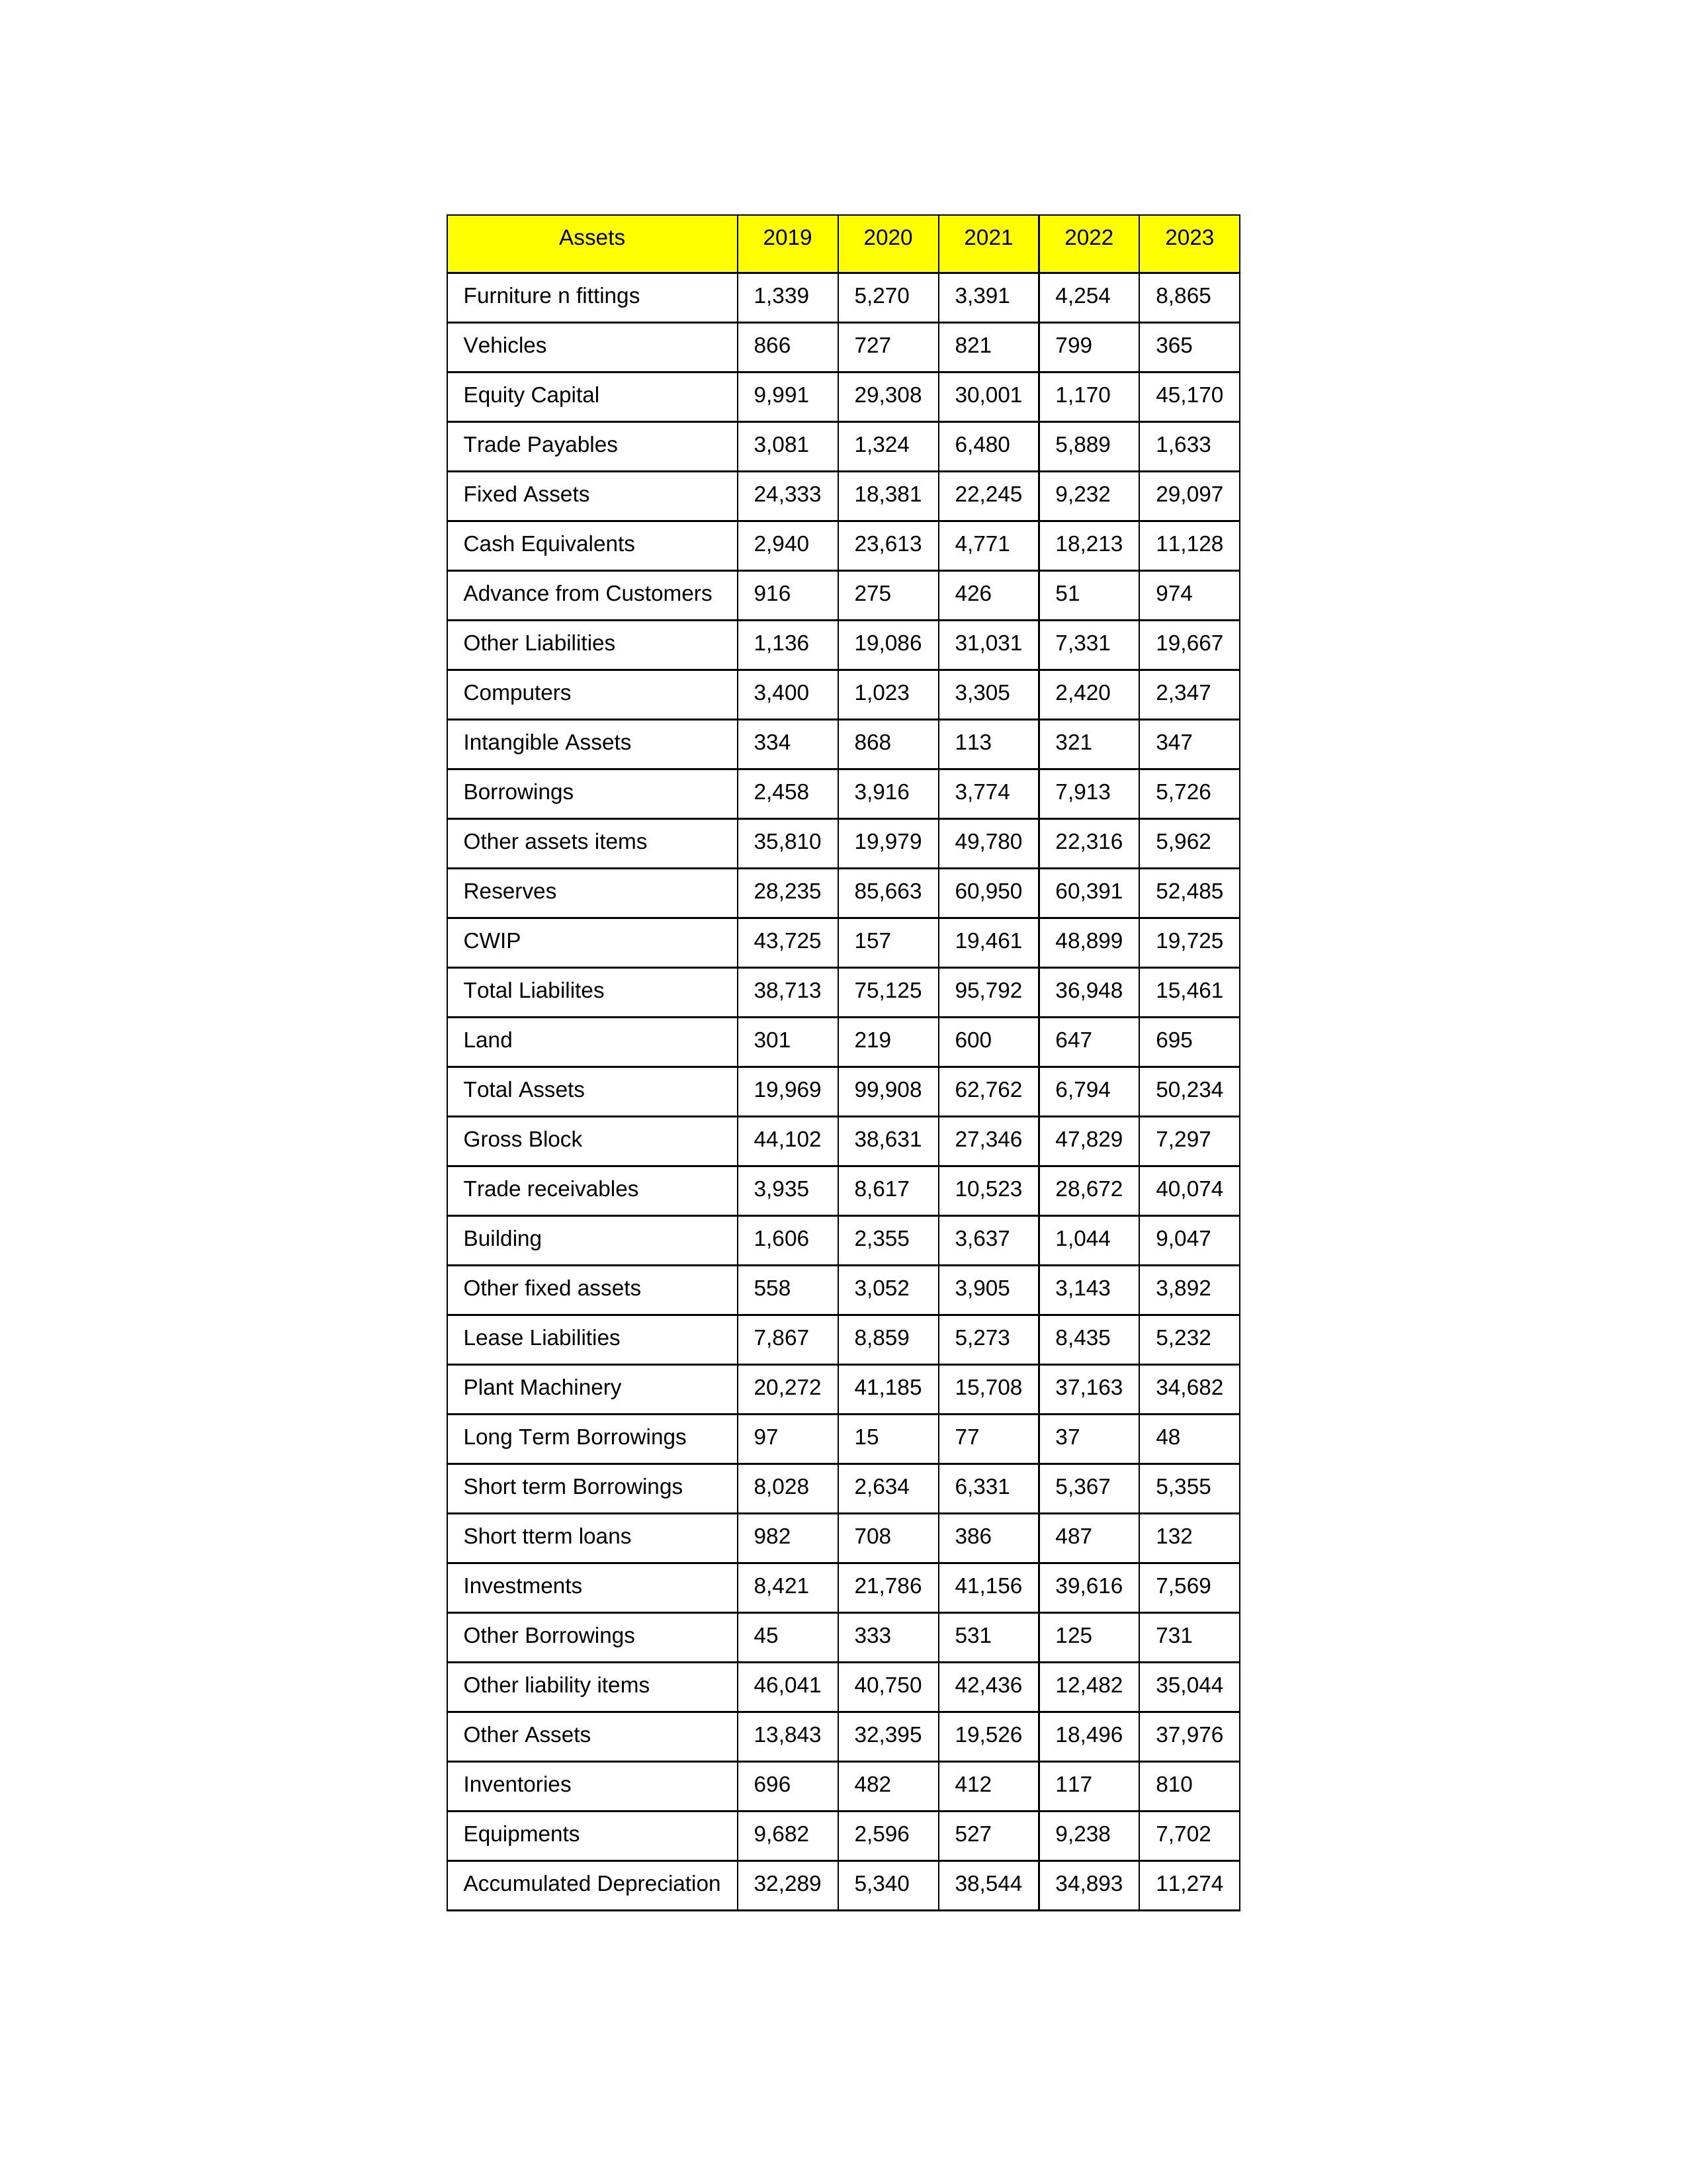
gt_parse: 2019: Equity Capital: 9,991
Reserves: 28,235
Borrowings: 2,458
Long Term Borrowings: 97
Short term Borrowings: 8,028
Lease Liabilities: 7,867
Other Borrowings: 45
Other Liabilities: 1,136
Trade Payables: 3,081
Advance from Customers: 916
Other liability items: 46,041
Total Liabilites: 38,713
Fixed Assets: 24,333
Land: 301
Building: 1,606
Plant Machinery: 20,272
Equipments: 9,682
Computers: 3,400
Furniture n fittings: 1,339
Vehicles: 866
Intangible Assets: 334
Other fixed assets: 558
Gross Block: 44,102
Accumulated Depreciation: 32,289
CWIP: 43,725
Investments: 8,421
Other Assets: 13,843
Inventories: 696
Trade receivables: 3,935
Cash Equivalents: 2,940
Short tterm loans: 982
Other assets items: 35,810
Total Assets: 19,969
2020: Equity Capital: 29,308
Reserves: 85,663
Borrowings: 3,916
Long Term Borrowings: 15
Short term Borrowings: 2,634
Lease Liabilities: 8,859
Other Borrowings: 333
Other Liabilities: 19,086
Trade Payables: 1,324
Advance from Customers: 275
Other liability items: 40,750
Total Liabilites: 75,125
Fixed Assets: 18,381
Land: 219
Building: 2,355
Plant Machinery: 41,185
Equipments: 2,596
Computers: 1,023
Furniture n fittings: 5,270
Vehicles: 727
Intangible Assets: 868
Other fixed assets: 3,052
Gross Block: 38,631
Accumulated Depreciation: 5,340
CWIP: 157
Investments: 21,786
Other Assets: 32,395
Inventories: 482
Trade receivables: 8,617
Cash Equivalents: 23,613
Short tterm loans: 708
Other assets items: 19,979
Total Assets: 99,908
2021: Equity Capital: 30,001
Reserves: 60,950
Borrowings: 3,774
Long Term Borrowings: 77
Short term Borrowings: 6,331
Lease Liabilities: 5,273
Other Borrowings: 531
Other Liabilities: 31,031
Trade Payables: 6,480
Advance from Customers: 426
Other liability items: 42,436
Total Liabilites: 95,792
Fixed Assets: 22,245
Land: 600
Building: 3,637
Plant Machinery: 15,708
Equipments: 527
Computers: 3,305
Furniture n fittings: 3,391
Vehicles: 821
Intangible Assets: 113
Other fixed assets: 3,905
Gross Block: 27,346
Accumulated Depreciation: 38,544
CWIP: 19,461
Investments: 41,156
Other Assets: 19,526
Inventories: 412
Trade receivables: 10,523
Cash Equivalents: 4,771
Short tterm loans: 386
Other assets items: 49,780
Total Assets: 62,762
2022: Equity Capital: 1,170
Reserves: 60,391
Borrowings: 7,913
Long Term Borrowings: 37
Short term Borrowings: 5,367
Lease Liabilities: 8,435
Other Borrowings: 125
Other Liabilities: 7,331
Trade Payables: 5,889
Advance from Customers: 51
Other liability items: 12,482
Total Liabilites: 36,948
Fixed Assets: 9,232
Land: 647
Building: 1,044
Plant Machinery: 37,163
Equipments: 9,238
Computers: 2,420
Furniture n fittings: 4,254
Vehicles: 799
Intangible Assets: 321
Other fixed assets: 3,143
Gross Block: 47,829
Accumulated Depreciation: 34,893
CWIP: 48,899
Investments: 39,616
Other Assets: 18,496
Inventories: 117
Trade receivables: 28,672
Cash Equivalents: 18,213
Short tterm loans: 487
Other assets items: 22,316
Total Assets: 6,794
2023: Equity Capital: 45,170
Reserves: 52,485
Borrowings: 5,726
Long Term Borrowings: 48
Short term Borrowings: 5,355
Lease Liabilities: 5,232
Other Borrowings: 731
Other Liabilities: 19,667
Trade Payables: 1,633
Advance from Customers: 974
Other liability items: 35,044
Total Liabilites: 15,461
Fixed Assets: 29,097
Land: 695
Building: 9,047
Plant Machinery: 34,682
Equipments: 7,702
Computers: 2,347
Furniture n fittings: 8,865
Vehicles: 365
Intangible Assets: 347
Other fixed assets: 3,892
Gross Block: 7,297
Accumulated Depreciation: 11,274
CWIP: 19,725
Investments: 7,569
Other Assets: 37,976
Inventories: 810
Trade receivables: 40,074
Cash Equivalents: 11,128
Short tterm loans: 132
Other assets items: 5,962
Total Assets: 50,234